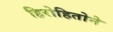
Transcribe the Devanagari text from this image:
हिरोहितोने